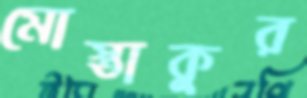
মোস্তাকুর